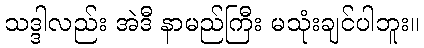
သဒ္ဒါလည်း အဲဒီ နာမည်ကြီး မသုံးချင်ပါဘူး။